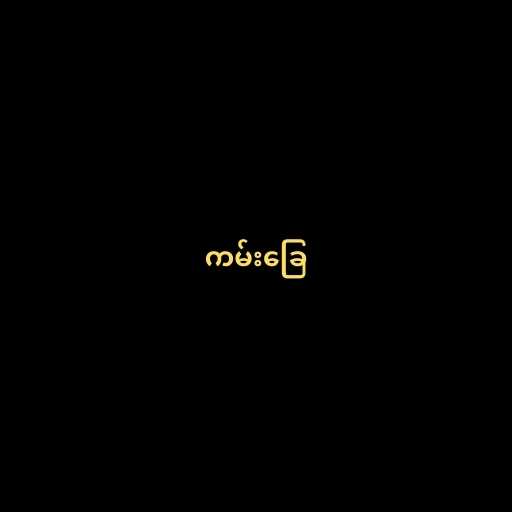
ကမ်းခြေ